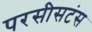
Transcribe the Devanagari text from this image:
परसीसटंस